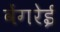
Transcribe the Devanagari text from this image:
वेंगरेई